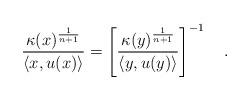
LaTeX: \begin{align*}\frac{\kappa(x)^{\frac{1}{n+1}}}{\langle x, u(x)\rangle}=\left[\frac{\kappa(y)^{\frac{1}{n+1}}}{\langle y, u(y)\rangle}\right]^{-1}\quad.\end{align*}